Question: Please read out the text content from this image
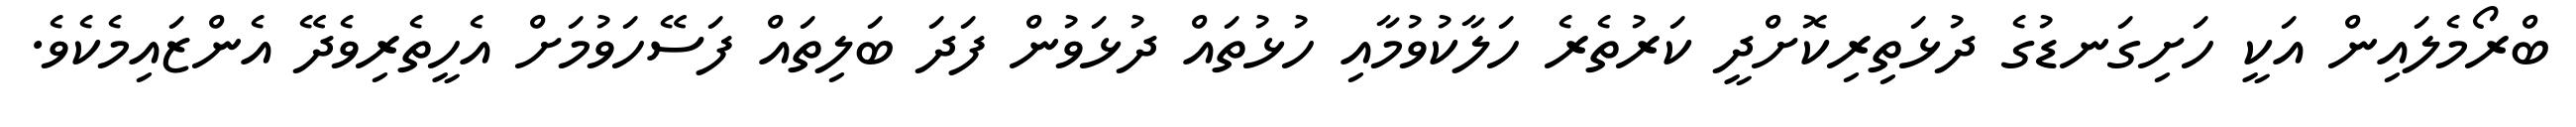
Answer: ބްރޯމެލައިން އަކީ ހަށިގަނޑުގެ ދުޅަތިރިކޮށްދީ ކަރުތެރެ ހަލާކުވުމާއި ހުޅުތައް ދުޅަވުން ފަދަ ބަލިތައް ފަސޭހަވުމަށް އެހީތެރިވެދޭ އެންޒައިމެކެވެ.